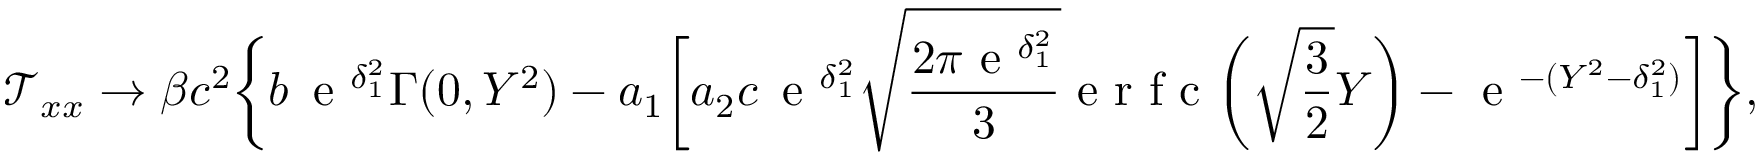
\mathcal { T } _ { x x } \to \beta c ^ { 2 } \biggl \{ b \, \textrm { e } ^ { \delta _ { 1 } ^ { 2 } } \Gamma ( 0 , Y ^ { 2 } ) - a _ { 1 } \biggl [ a _ { 2 } c \, \textrm { e } ^ { \delta _ { 1 } ^ { 2 } } \sqrt { \frac { 2 \pi \textrm { e } ^ { \delta _ { 1 } ^ { 2 } } } { 3 } } \textrm { e r f c } \biggl ( \sqrt { \frac { 3 } { 2 } } Y \biggr ) - \textrm { e } ^ { - ( Y ^ { 2 } - \delta _ { 1 } ^ { 2 } ) } \biggr ] \biggr \} ,